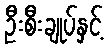
ဦးစီးချုပ်နှင့်